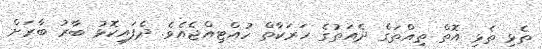
ތެޅި ތެޅި އޮތް ތިއްތަގެ ދެއަތުގެ ހަރަކާތް ހުއްޓިއްޖެއެވެ. ދެފައިކޮޅު ބާރު ބާރަށް